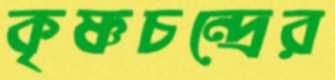
কৃষ্ণচন্দ্রের